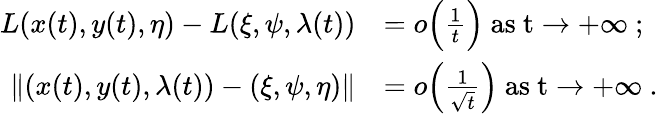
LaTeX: \begin{array}{rl}{L(x(t),y(t),\eta)-L(\xi,\psi,\lambda(t))}&{=o\Big(\frac{1}{t}\Big)\ \mathrm{as~t\to+\infty~};}\\ {\lVert(x(t),y(t),\lambda(t))-(\xi,\psi,\eta)\rVert}&{=o\Big(\frac{1}{\sqrt{t}}\Big)\ \mathrm{as~t\to+\infty~}.}\end{array}